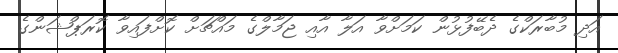
އަދި މުބާރަކްގެ ދެބޭފުޅުން ކަމަށްވާ އަލާ އާއި ޖަމާލްގެ މައްޗަށް ކޮށްފައިވާ ކޮރަޕްޝަންގެ